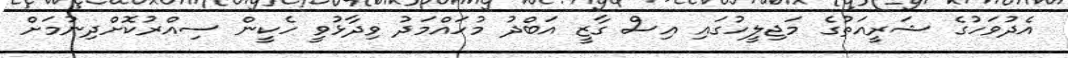
އެދުވަހުގެ ޝަރީއަތުގެ މަޖިލީހުގައި އިސް ގާޒީ އަބްދު މުހައްމަދު ވިދާޅުވީ ހެކީން ސިއްރުކޮށްދިނުމަށް